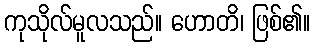
ကုသိုလ်မူလသည်။ ဟောတိ၊ ဖြစ်၏။